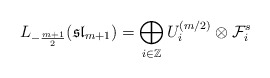
\begin{align*}L_{- \frac{m+1}{2}}(\mathfrak{sl}_{m+1}) = \bigoplus_{i \in \mathbb Z} U_i^{(m/2)} \otimes \mathcal F_i^s \end{align*}